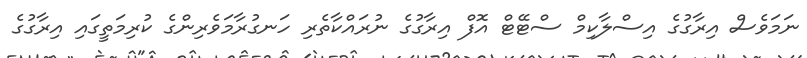
ނަމަވެސް އިރާގުގެ އިސްލާކިމް ސްޓޭޓް އޮފް އިރާގުގެ ނުރައްކާތެރި ހަނގުރާމަވެރިންގެ ކުރިމަތީގައި އިރާގުގެ